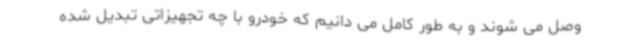
وصل می شوند و به طور کامل می دانیم که خودرو با چه تجهیزاتی تبدیل شده